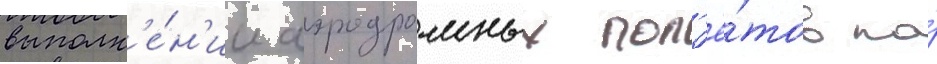
выполн'е́н'ии аэродромных пол'ё́тов по́